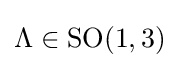
\Lambda \in \mathrm {SO} (1,3)